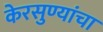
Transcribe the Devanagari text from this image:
केरसुण्यांचा